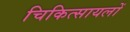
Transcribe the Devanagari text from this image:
चिकित्सायलों